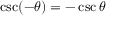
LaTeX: \csc ( - \theta ) = - \csc \theta